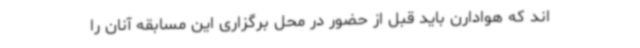
اند که هوادارن باید قبل از حضور در محل برگزاری این مسابقه آنان را